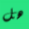
هل